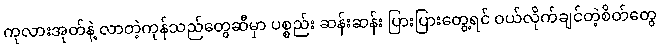
ကုလားအုတ်နဲ့ လာတဲ့ကုန်သည်တွေဆီမှာ ပစ္စည်း ဆန်းဆန်း ပြားပြားတွေ့ရင် ဝယ်လိုက်ချင်တဲ့စိတ်တွေ